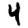
Digit: 4